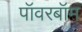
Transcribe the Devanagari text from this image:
पॉवरबॉम